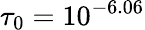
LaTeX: \tau_{0}=10^{-6.06}